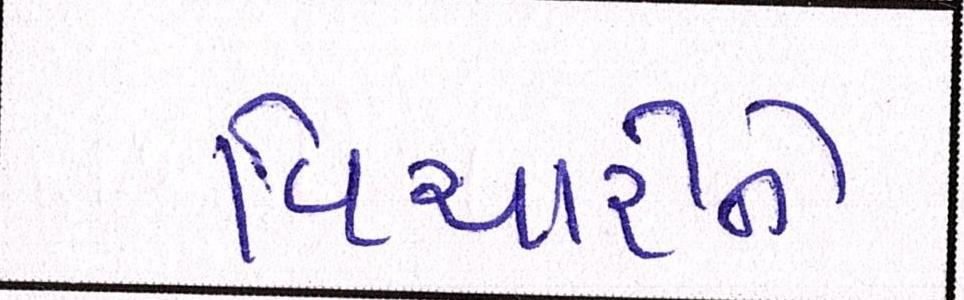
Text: વિચારીને